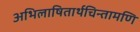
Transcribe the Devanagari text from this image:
अभिलाषितार्थचिन्तामणि